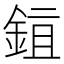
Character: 𬫖